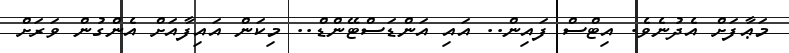
މަޢާފަށް އެދުނެވެ. އިޓްސް ފައިން.. އައި އަންޑަސްޓޭންޑް.. މިކަން އައިފާއަށް އެންގުން ވަރަށް